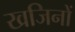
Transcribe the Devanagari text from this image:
खजिनों